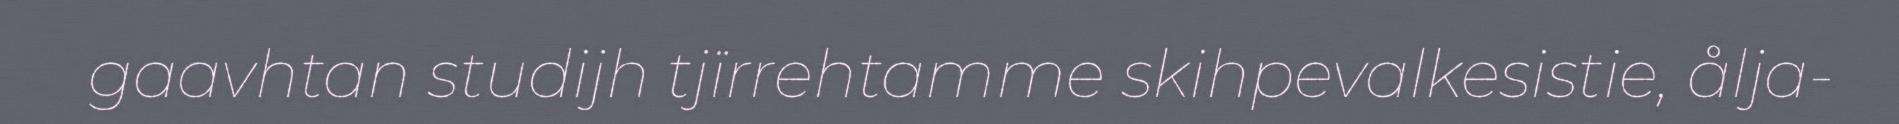
gaavhtan studijh tjïrrehtamme skihpevalkesistie, ålja-